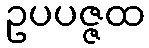
ဥပပဇ္ဇထ